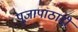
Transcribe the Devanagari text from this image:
पूजापाठादी